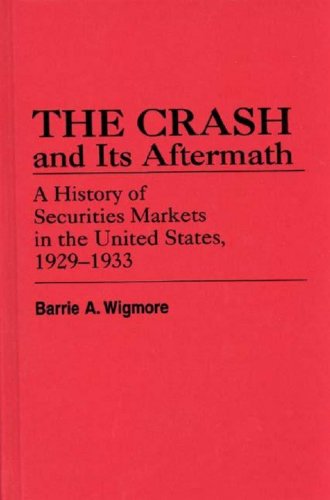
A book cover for The Crash and Its Aftermath: A History of Securities Markets in the United States, 1929-1933 (Contributions in Economics & Economic History); Barrie A. Wigmore; Health, Fitness & Dieting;